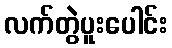
လက်တွဲပူးပေါင်း